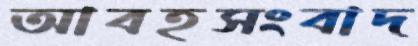
আবহসংবাদ